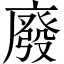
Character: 廢